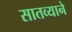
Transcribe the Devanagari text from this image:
सातव्याने